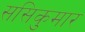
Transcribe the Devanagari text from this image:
ससिकुमार